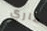
ماري